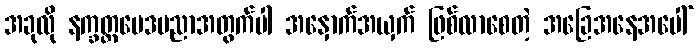
အခုလို နက္ခတ္တဗေဒပညာအတွက်ပါ အနှောက်အယှက် ဖြစ်လာစေတဲ့ အခြေအနေအပေါ်